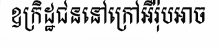
ឧក្រិដ្ឋជននៅក្រៅអឺរ៉ុបអាច